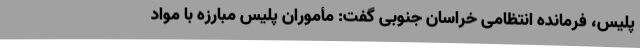
پلیس، فرمانده انتظامی خراسان جنوبی گفت: مأموران پلیس مبارزه با مواد